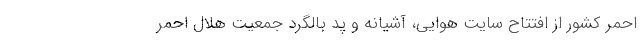
احمر کشور از افتتاح سایت هوایی، آشیانه و پد بالگرد جمعیت هلال احمر